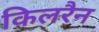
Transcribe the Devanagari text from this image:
किलरैन